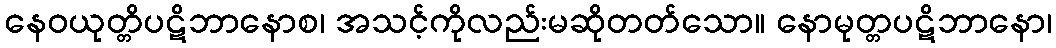
နေဝယုတ္တိပဋိဘာနောစ၊ အသင့်ကိုလည်းမဆိုတတ်သော။ နောမုတ္တပဋိဘာနော၊